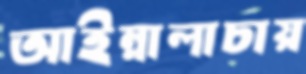
আইন্নালাচায়